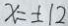
x = \pm 1 2